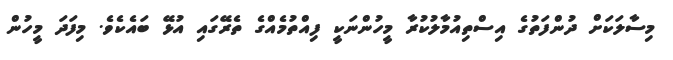
މިސާލަކަށް ދުންފަތުގެ އިސްތިއުމާލުކުރާ މީހުންނަކީ ފިއްތުމެއްގެ ތެރޭގައި އުޅޭ ބައެކެވެ. މިފަދަ މީހުން